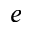
e